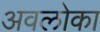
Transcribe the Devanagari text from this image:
अवलोका